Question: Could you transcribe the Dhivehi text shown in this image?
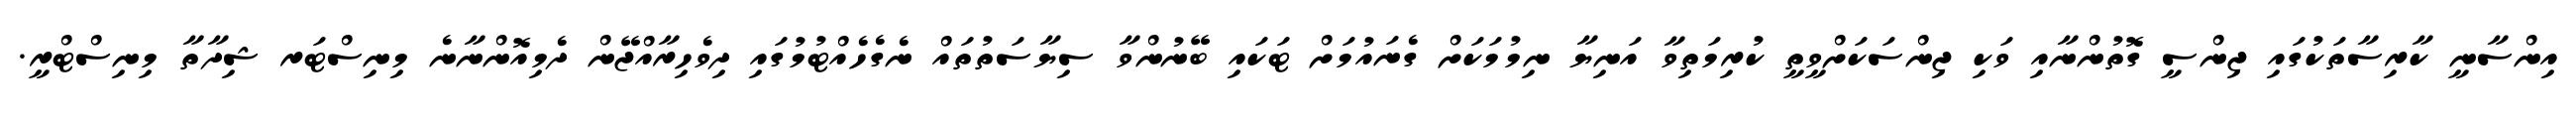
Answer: އިންސާނީ ކާރިސާތަކުގައި ޖިންސީ ގޮތުންނާއި ވަކި ޖިންސަކަށްވީތީ ކުރިމަތިވާ އަނިޔާ ނިމުމަކަށް ގެނައުމަށް ޓަކައި ބޭނުންވާ ސިޔާސަތުތައް ނެގެހެއްޓުމުގައި ދިވެހިރާއްޖޭން ދެމިއޮންނާނެ މިނިސްޓަރ ޝިދާތާ މިނިސްޓްރީ.